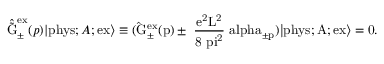
\hat { \tilde { \mathrm { G } } } _ { \pm } ^ { \mathrm { e x } } ( p ) | \mathrm { p h y s } ; A ; \mathrm { e x \rangle \equiv ( \hat { \mathrm { G } } _ { \pm } ^ { \mathrm { e x } } ( p ) \pm \hbar \frac { e ^ { 2 } \mathrm { L } ^ { 2 } } { 8 { \ p i } ^ { 2 } } \ a l p h a _ { \pm p } ) | \mathrm { p h y s } ; A ; \mathrm { e x \rangle = 0 . } }